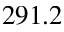
2 9 1 . 2